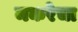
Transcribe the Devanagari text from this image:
मकरेचा